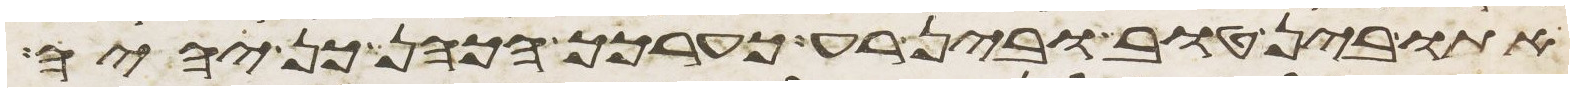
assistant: אתו בין טוב ובין רע כערכך הכהן כן יהיה